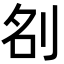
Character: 𭃞